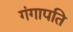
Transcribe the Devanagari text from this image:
गंगापति